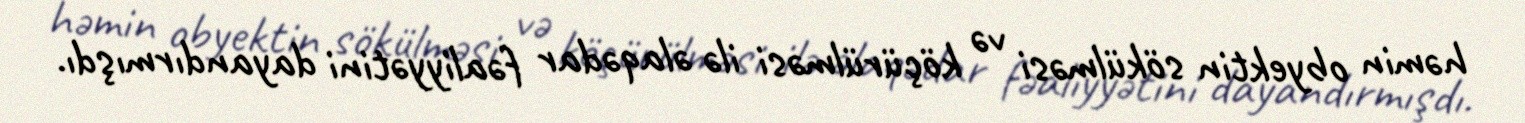
həmin obyektin sökülməsi və köçürülməsi ilə əlaqədar fəaliyyətini dayandırmışdı.